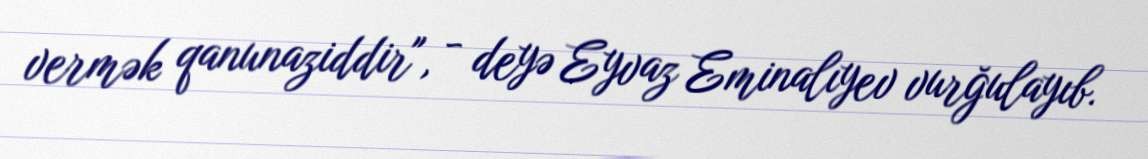
vermək qanunaziddir", - deyə Eyvaz Eminalıyev vurğulayıb.